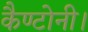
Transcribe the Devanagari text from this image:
कैण्टोनी।